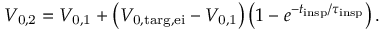
\begin{array} { r } { V _ { \mathrm { 0 , 2 } } = V _ { \mathrm { 0 , 1 } } + \left( V _ { \mathrm { 0 , t a r g , e i } } - V _ { \mathrm { 0 , 1 } } \right) \left( 1 - e ^ { - t _ { \mathrm { i n s p } } / \tau _ { \mathrm { i n s p } } } \right) . } \end{array}